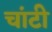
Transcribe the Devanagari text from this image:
चांटी